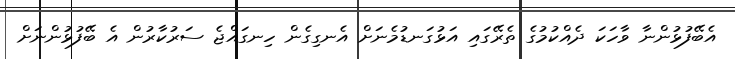
އެބޭފުޅުންނާ ވާހަކަ ދެއްކުމުގެ ތެރޭގައި އަޅުގަނޑުމެނަށް އެނގިގެން ހިނގައްޖެ ސަރުކާރުން އެ ބޭފުޅުންނަށް